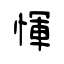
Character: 惲